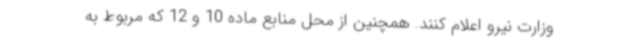
وزارت نیرو اعلام کنند. همچنین از محل منابع ماده 10 و 12 که مربوط به